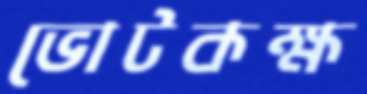
ভোটকক্ষ